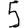
Digit: 5